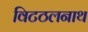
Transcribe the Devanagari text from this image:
विटठलनाथ